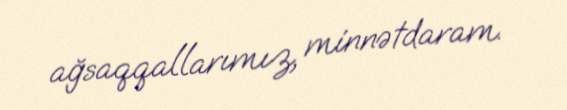
ağsaqqallarımız, minnətdaram.